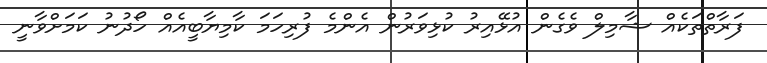
ފަރާތްތަކެއް ޝާމިލް ވެގެން އުޅޭއިރު ކުޅިވަރުން އެންމެ ފުރިހަމަ ކާމިޔާބީއެއް ހޯދުނު ކަމަށްވާނީ